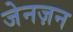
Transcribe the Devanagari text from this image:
जेनज़न